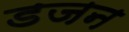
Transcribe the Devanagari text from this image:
डजन